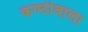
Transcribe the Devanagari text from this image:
कण्ठीवाला